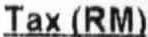
TAX (RM)